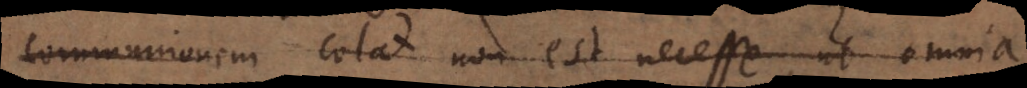
communionem colat non est necesse, ut omnia